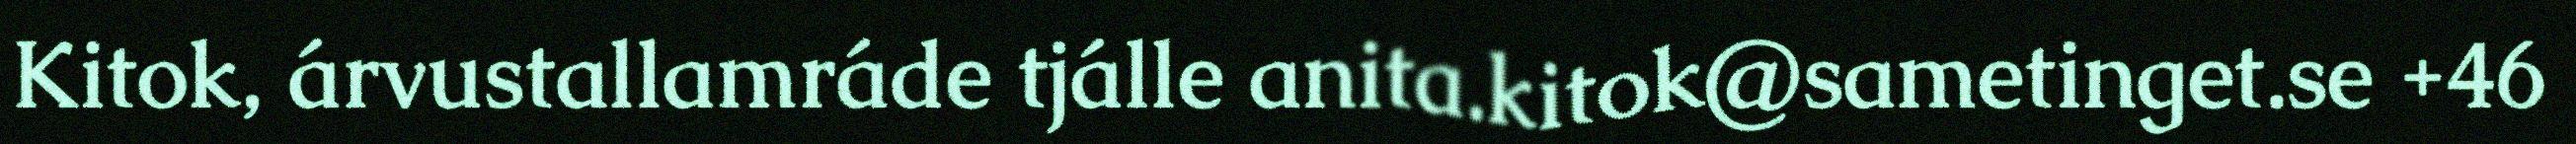
Kitok, árvustallamráde tjálle anita.kitok@sametinget.se +46